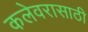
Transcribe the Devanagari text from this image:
कलेवरासाठी